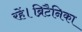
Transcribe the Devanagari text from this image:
रहें।ब्रिटैनिका